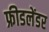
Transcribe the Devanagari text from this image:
फ्रीडलेंडर